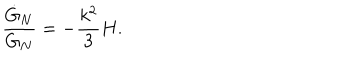
{ \frac { \dot { G } _ { N } } { G _ { N } } } = - { \frac { k ^ { 2 } } { 3 } } H .